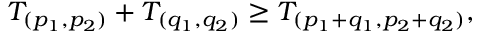
T _ { ( p _ { 1 } , p _ { 2 } ) } + T _ { ( q _ { 1 } , q _ { 2 } ) } \geq T _ { ( p _ { 1 } + q _ { 1 } , p _ { 2 } + q _ { 2 } ) } ,